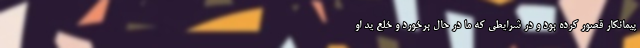
پیمانکار قصور کرده بود و در شرایطی که ما در حال برخورد و خلع ید او